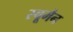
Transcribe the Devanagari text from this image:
स्चूमैन